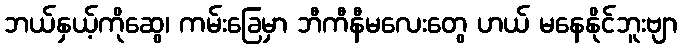
ဘယ်နှယ့်ကိုဆွေ၊ ကမ်းခြေမှာ ဘီကီနီမလေးတွေ ဟယ် မနေနိုင်ဘူးဗျာ